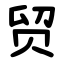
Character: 贸